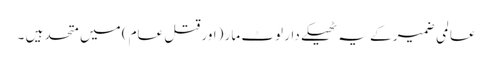
عالمی ضمیر کے یہ ٹھیکے دار لوٹ مار (اور قتل عام) میں متحد ہیں ۔